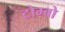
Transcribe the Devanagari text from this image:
टोम्बो